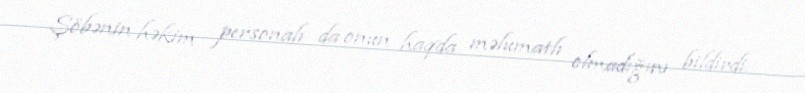
Şöbənin həkim personalı da onun haqda məlumatlı olmadığını bildirdi.